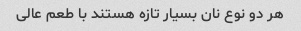
هر دو نوع نان بسیار تازه هستند با طعم عالی